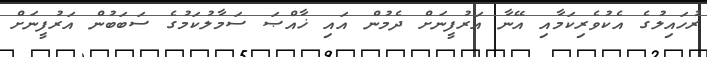
ރުހައިލުގެ އެކުވެރިކަމާއި އޭނާ އަރުފީނަށް ދެމުން އައި ޚާއްޞަ ސަމާލުކަމުގެ ސަބަބުން އަރުފީނަށް